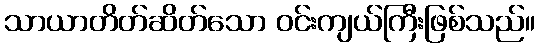
သာယာတိတ်ဆိတ်သော ဝင်းကျယ်ကြီးဖြစ်သည်။